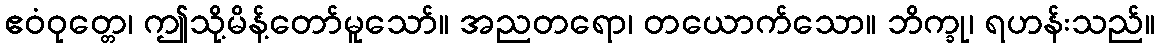
ဧဝံဝုတ္တေ၊ ဤသို့မိန့်တော်မူသော်။ အညတရော၊ တယောက်သော။ ဘိက္ခု၊ ရဟန်းသည်။